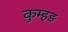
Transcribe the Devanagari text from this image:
कुम्हड़